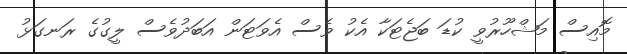
މޮއިސް މަޝްހޫރުވީ ކުޑަ ބަޖެޓަކާ އެކު ވެސް އެވަޓަން އަބަދުވެސް ލީގުގެ ރަނގަޅު